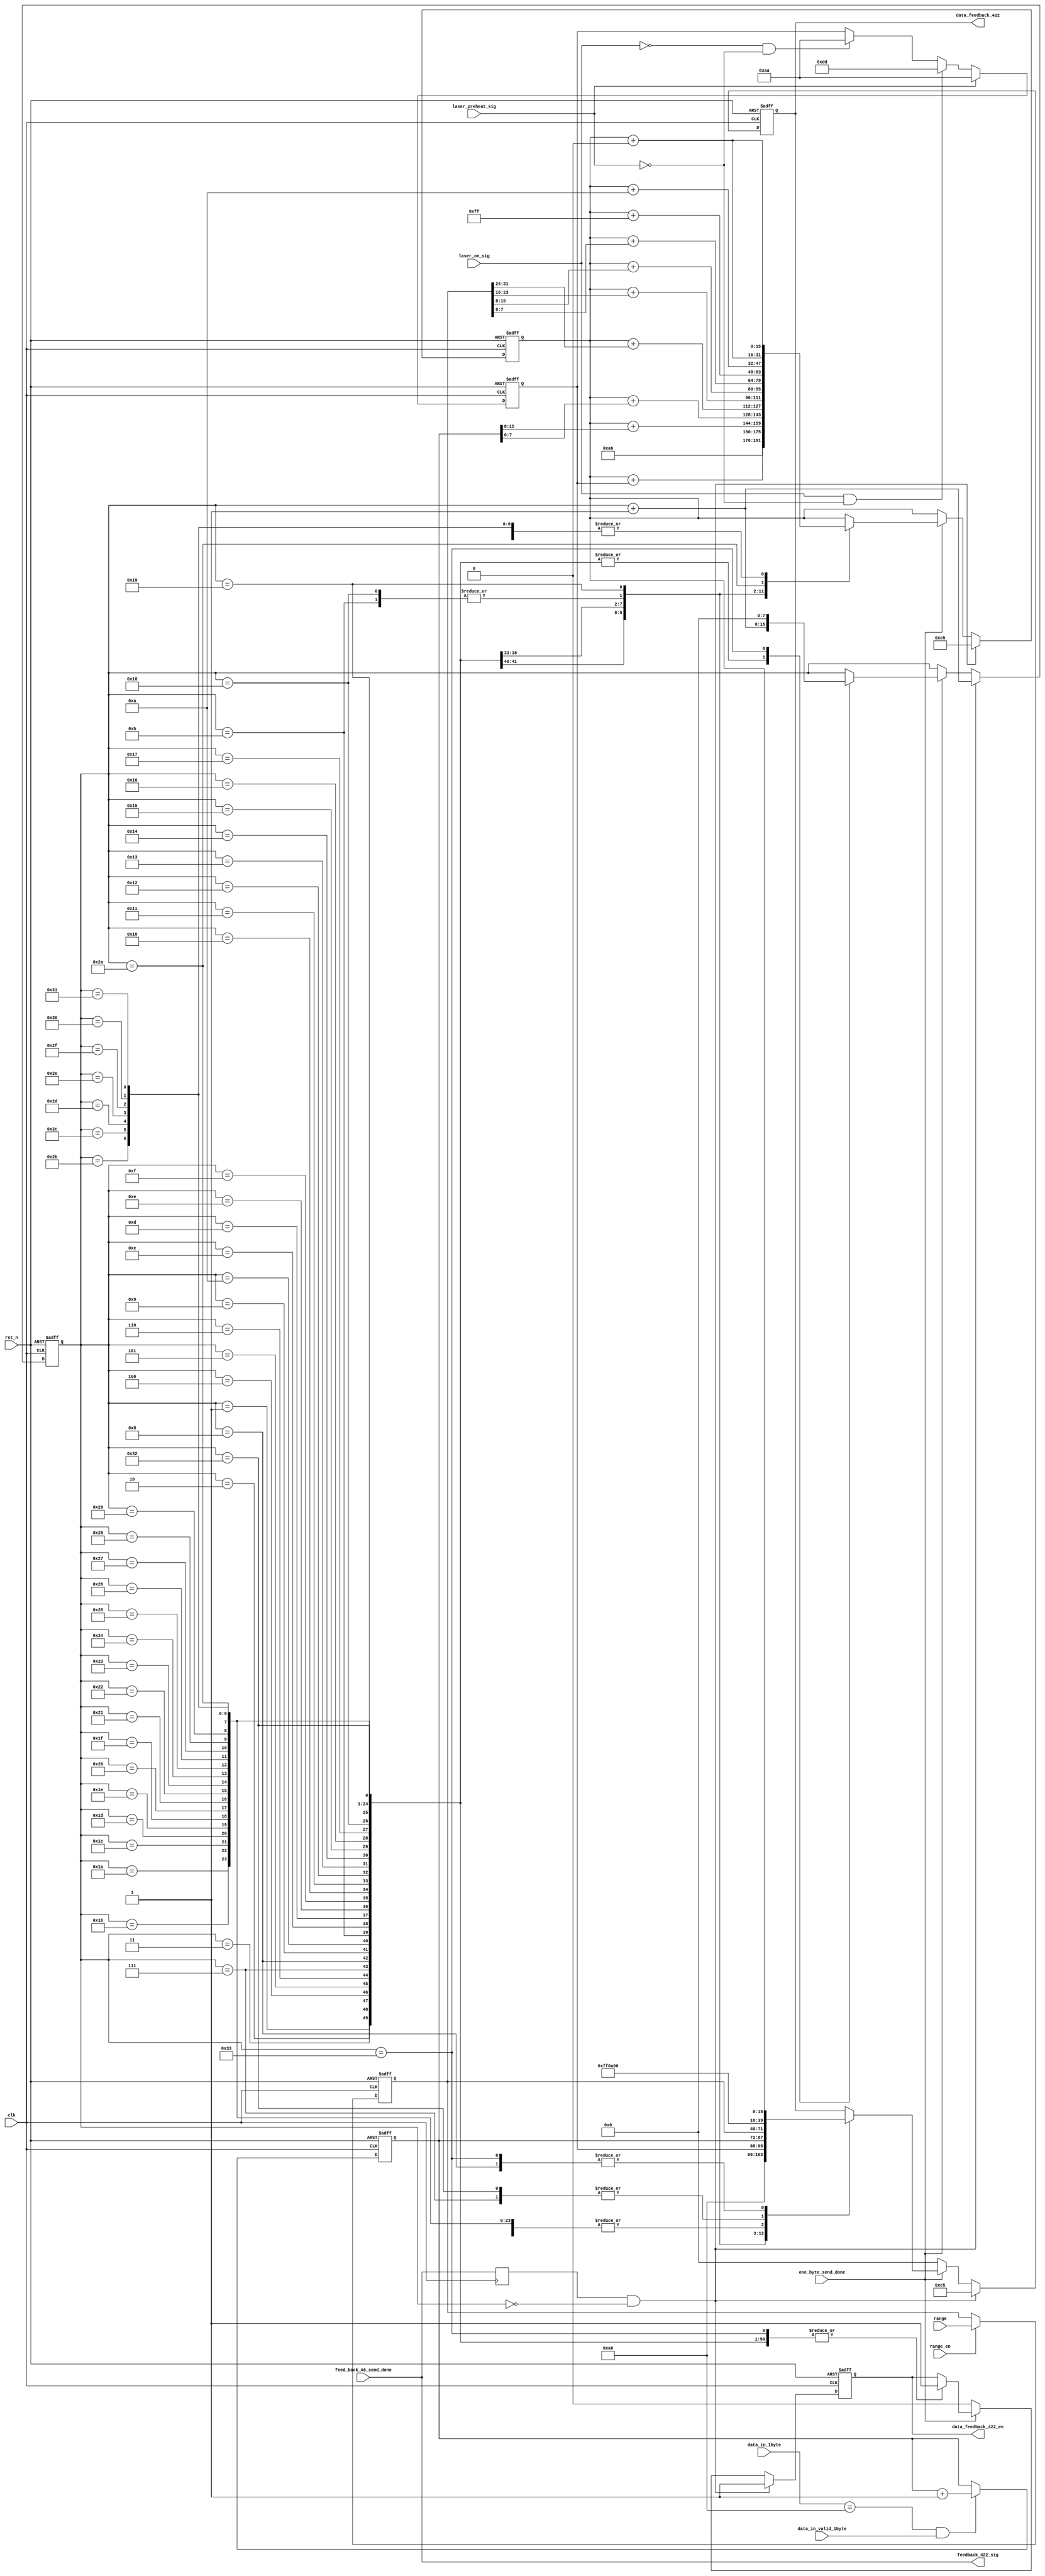
`timescale 1ns / 1ps
//////////////////////////////////////////////////////////////////////////////////
// Company: 
// Engineer: 
// 
// Design Name: 
// Module Name: feedback_frame
// Project Name: 
// Target Devices: 
// Tool Versions: 
// Description: 
// 
// Dependencies: 
// 
// Revision:
// Revision 0.01 - File Created
// Additional Comments:
// 
//////////////////////////////////////////////////////////////////////////////////


module feedback_frame(
    input        clk, 
    input        rst_n,     
    input  [7:0] data_in_1byte,   
    input        data_in_valid_1byte,
    input        one_byte_send_done,//422feedback 
    input        laser_on_sig,    
    input        laser_preheat_sig,//laser_on_negedge
    input        feed_back_A6_send_done,
    input   [31:0] range,
    input     range_en,
    output reg  [7:0] data_feedback_422,  
    output  reg     data_feedback_422_en    ,
    output    feedback_422_sig
    );
   reg [31:0] range_r=0;
   reg [31:0] speed=0;
   reg [15:0] distance_time_flag=0;
   reg [7:0]  door_width=8'd10;
   reg [7:0]  detect_possibility=0; 
   reg [7:0] laser_work_state=0; 
   reg [15:0] frame_num=0; 
   reg [31:0] range_fore=0;
   reg [31:0] speed_fore=0;
   reg  [15:0] detector_temp=0; 
   reg  [31:0] noise=0;
   reg  [15:0] add_check_sum=0;     
   reg ADTransStartFlag=0;     
   wire   ADCFinishFlag;
   wire [3:0] DataAddr  ;
   wire [11:0] AD1Result ;
   wire  ADResultGetFlag;
   reg  [11:0]  LD_temperature=0;
   reg  [11:0]  LD_current=0;
   reg  [11:0]  MEMS_X=0;
   reg  [11:0]  MEMS_Y=0;
   reg  [11:0]  LD_15V=0; 
   reg  [11:0]  RM_5V=0; 
 
   reg  [11:0]  LD_12V=0; 
   reg  [11:0]  Vol_12V=0; 
   
   reg  [15:0] Pb=0;
   reg  [15:0] Pe=0;    
   reg  [15:0] stabilize_time=0;
    reg   feed_back_A6_send_done_r=0;
   reg  hough_finish_r=0;
   reg  detector_data_get_r=0;
   reg  tdc_finish_r=1;
   reg  [7:0]  byte_send_cnt=0;
   reg  [31:0]  time_flag_cnt=0;
   reg   temp_noise_get_r=0;

  
    
   reg    distance_get_sig=0;
   reg   time_flag_cnt_add_en=0;
   reg   feedback_422_sig_r=0;
  
   reg [7:0] voltage_five=0;
   reg [7:0] voltage_tec=0;   
   reg [7:0] voltage_yaoce=0;
   reg [7:0] voltage_LD=0;
   reg [7:0] temp_LD=0;
   reg [7:0] current_LD=0;
   reg [7:0] mems_x1=0;
   reg [7:0] mems_x2y1=0;
   reg [7:0] mems_y2=0;
   reg [7:0] detector_temp_H=0;
   reg [7:0] detector_temp_L=0;
  
   
   
   always@(posedge clk or negedge rst_n)
   if(!rst_n)
    feed_back_A6_send_done_r<=1'b0;
      else if(feedback_422_sig)               
     feed_back_A6_send_done_r<=1'b0;
    
   else   if(feed_back_A6_send_done)
    feed_back_A6_send_done_r<=1'b1;
 
   else     feed_back_A6_send_done_r<=feed_back_A6_send_done_r;
   
   
   always@(posedge clk)    
      feedback_422_sig_r<=feedback_422_sig;
   reg range_en_r=0;
always@(posedge clk or negedge rst_n)
            if(!rst_n)
range_en_r<=0;
   else if(feedback_422_sig )
   range_en_r<=0;
else if(range_en )
   range_en_r<=1; 
    else   range_en_r<=range_en_r; 
    
   always@(posedge clk or negedge rst_n)
      if(!rst_n)
           frame_num<=16'b0;
       else if((data_in_1byte==8'ha6)&&data_in_valid_1byte)
           frame_num<=frame_num+1'b1;
       else     frame_num<=frame_num;
    
   always@(posedge clk or negedge rst_n)
      if(!rst_n)
           laser_work_state<=8'b0;
       else  if(laser_preheat_sig)    
           laser_work_state<=8'hAA;            
       else if((laser_on_sig)&&(!laser_preheat_sig))
           laser_work_state<=8'hDD;
       else if((!laser_on_sig)&&(!laser_preheat_sig))
           laser_work_state<=8'hAA;
       else     laser_work_state<=laser_work_state;
   
     always@(posedge clk or negedge rst_n)
        if(!rst_n)
    range_r<=0;
        else if(range_en)
        range_r<=range;
        else  range_r<=range_r; 
     always@(posedge clk or negedge rst_n)
           if(!rst_n)
           begin  data_feedback_422<=8'b0;  
                      data_feedback_422_en <=1'b0;
                      byte_send_cnt<=8'b0;
                      add_check_sum<=16'b0;    end
                    
                      
           else if(feedback_422_sig_r&&(byte_send_cnt==8'b0))
          begin  data_feedback_422<=8'hC5;  
                 data_feedback_422_en <=1'b1;
                 byte_send_cnt<=byte_send_cnt+1'b1;
                 add_check_sum<=8'hC5; 
                 end
                 
            else if(one_byte_send_done)
            begin  case(byte_send_cnt)        
                 8'd1:    begin  data_feedback_422<=Pb[15:8];  
                                 data_feedback_422_en <=1'b1;
                                 byte_send_cnt<=byte_send_cnt+1'b1;
                                 add_check_sum<=add_check_sum+Pb[15:8]; 
                           end 
                  8'd2:    begin  data_feedback_422<=Pb[7:0];  
                                 data_feedback_422_en <=1'b1;
                                 byte_send_cnt<=byte_send_cnt+1'b1;
                                 add_check_sum<=add_check_sum+Pb[7:0]; 
                           end  
                  8'd3:    begin  data_feedback_422<=Pe[15:8];  
                                 data_feedback_422_en <=1'b1;
                                 byte_send_cnt<=byte_send_cnt+1'b1;
                                 add_check_sum<=add_check_sum+Pe[15:8]; 
                           end  
                 8'd4:    begin  data_feedback_422<=Pe[7:0];  
                                 data_feedback_422_en <=1'b1;
                                 byte_send_cnt<=byte_send_cnt+1'b1;
                                 add_check_sum<=add_check_sum+Pe[7:0];  end
                 8'd5:    begin  data_feedback_422<=stabilize_time[15:8];  
                             data_feedback_422_en <=1'b1;
                             byte_send_cnt<=byte_send_cnt+1'b1;
                             add_check_sum<=add_check_sum+stabilize_time[15:8];   
                       end  
                 8'd6:    begin  data_feedback_422<=stabilize_time[7:0];  
                                       data_feedback_422_en <=1'b1;
                                       byte_send_cnt<=byte_send_cnt+1'b1;
                                       add_check_sum<=add_check_sum+stabilize_time[7:0];                                                 
                                 end  
                  8'd7:  begin  data_feedback_422<=add_check_sum[15:8];  
                               data_feedback_422_en <=1'b1;
                               byte_send_cnt<=byte_send_cnt+1'b1;
                               add_check_sum<=add_check_sum; 
                         end  
                  8'd8:  begin  data_feedback_422<=add_check_sum[7:0];  
                               data_feedback_422_en <=1'b1;
                               byte_send_cnt<=byte_send_cnt+1'b1;
                               add_check_sum<=add_check_sum; 
                         end  
                    8'd9:   begin  data_feedback_422<=8'hA6;  
                               data_feedback_422_en <=1'b1;
                               byte_send_cnt<=byte_send_cnt+1'b1;
                               add_check_sum<=8'hA6; 
                                 end  
                                 
                                 
                                 
                 8'd10:   begin  data_feedback_422<=laser_work_state;  
                               data_feedback_422_en <=1'b1;
                               byte_send_cnt<=byte_send_cnt+1'b1;
                               add_check_sum<=add_check_sum+laser_work_state; 
                                 end    
                                        
                              8'd11:   begin  data_feedback_422<=8'hFF;  
                                            data_feedback_422_en <=1'b1;
                                            byte_send_cnt<=byte_send_cnt+1'b1;
                                            add_check_sum<=add_check_sum+8'hFF; 
                                              end                 
                                 
                                 
                                 
                                 
                                 
                                 
                8'd12:   begin  data_feedback_422<=frame_num[15:8];  
                               data_feedback_422_en <=1'b1;
                               byte_send_cnt<=byte_send_cnt+1'b1;
                               add_check_sum<=add_check_sum+frame_num[15:8]; 
                                 end   
                 8'd13:   begin  data_feedback_422<=frame_num[7:0];  
                               data_feedback_422_en <=1'b1;
                               byte_send_cnt<=byte_send_cnt+1'b1;
                               add_check_sum<=add_check_sum+frame_num[7:0]; 
                                 end   
                   8'd14:   begin  data_feedback_422<=range_r[31:24];  
                               data_feedback_422_en <=1'b1;
                               byte_send_cnt<=byte_send_cnt+1'b1;
                               add_check_sum<=add_check_sum+range_r[31:24]; 
                                 end   
                  8'd15:   begin  data_feedback_422<=range_r[23:16];  
                               data_feedback_422_en <=1'b1;
                               byte_send_cnt<=byte_send_cnt+1'b1;
                               add_check_sum<=add_check_sum+range_r[23:16]; 
                                 end   
                  8'd16:   begin  data_feedback_422<=range_r[15:8];  
                               data_feedback_422_en <=1'b1;
                               byte_send_cnt<=byte_send_cnt+1'b1;
                               add_check_sum<=add_check_sum+range_r[15:8]; 
                                 end   
                 8'd17:   begin  data_feedback_422<=range_r[7:0];  
                               data_feedback_422_en <=1'b1;
                               byte_send_cnt<=byte_send_cnt+1'b1;
                               add_check_sum<=add_check_sum+range_r[7:0]; 
                                 end   
                 8'd18:   begin  data_feedback_422<=speed[31:24];  
                               data_feedback_422_en <=1'b1;
                               byte_send_cnt<=byte_send_cnt+1'b1;
                               add_check_sum<=add_check_sum+speed[31:24]; 
                                 end   
                 8'd19:   begin  data_feedback_422<=speed[23:16];  
                               data_feedback_422_en <=1'b1;
                               byte_send_cnt<=byte_send_cnt+1'b1;
                               add_check_sum<=add_check_sum+speed[23:16]; 
                                 end 
                 8'd20:   begin  data_feedback_422<=speed[15:8];  
                               data_feedback_422_en <=1'b1;
                               byte_send_cnt<=byte_send_cnt+1'b1;
                               add_check_sum<=add_check_sum+speed[15:8]; 
                                 end 
                 
                 8'd21:   begin  data_feedback_422<=speed[7:0];  
                               data_feedback_422_en <=1'b1;
                               byte_send_cnt<=byte_send_cnt+1'b1;
                               add_check_sum<=add_check_sum+speed[7:0]; 
                                 end 
                 
                 8'd22:   begin  data_feedback_422<=distance_time_flag[15:8];  
                               data_feedback_422_en <=1'b1;
                               byte_send_cnt<=byte_send_cnt+1'b1;
                               add_check_sum<=add_check_sum+distance_time_flag[15:8]; 
                                 end 
                 8'd23:   begin  data_feedback_422<=distance_time_flag[7:0];  
                               data_feedback_422_en <=1'b1;
                               byte_send_cnt<=byte_send_cnt+1'b1;
                               add_check_sum<=add_check_sum+distance_time_flag[7:0]; 
                                 end  
                  8'd24:   begin  data_feedback_422<=8'hff;  
                               data_feedback_422_en <=1'b1;
                               byte_send_cnt<=byte_send_cnt+1'b1;
                               add_check_sum<=add_check_sum+8'hff; 
                                 end 
                  8'd25:   begin  data_feedback_422<=door_width;  
                               data_feedback_422_en <=1'b1;
                               byte_send_cnt<=byte_send_cnt+1'b1;
                               add_check_sum<=add_check_sum+door_width; 
                                 end 
                 8'd26:   begin  data_feedback_422<=detect_possibility;  
                               data_feedback_422_en <=1'b1;
                               byte_send_cnt<=byte_send_cnt+1'b1;
                               add_check_sum<=add_check_sum+detect_possibility; 
                                 end 
                 8'd27:   begin  data_feedback_422<=range_fore[31:24];  
                               data_feedback_422_en <=1'b1;
                               byte_send_cnt<=byte_send_cnt+1'b1;
                               add_check_sum<=add_check_sum+range_fore[31:24]; 
                                 end 
                 8'd28:   begin  data_feedback_422<=range_fore[23:16];  
                               data_feedback_422_en <=1'b1;
                               byte_send_cnt<=byte_send_cnt+1'b1;
                               add_check_sum<=add_check_sum+range_fore[23:16]; 
                                 end 
                  8'd29:   begin  data_feedback_422<=range_fore[15:8];  
                               data_feedback_422_en <=1'b1;
                               byte_send_cnt<=byte_send_cnt+1'b1;
                               add_check_sum<=add_check_sum+range_fore[15:8]; 
                                 end  
                   8'd30:   begin  data_feedback_422<=range_fore[7:0];  
                               data_feedback_422_en <=1'b1;
                               byte_send_cnt<=byte_send_cnt+1'b1;
                               add_check_sum<=add_check_sum+range_fore[7:0]; 
                                 end  
                 8'd31:   begin  data_feedback_422<=speed_fore[31:24];  
                               data_feedback_422_en <=1'b1;
                               byte_send_cnt<=byte_send_cnt+1'b1;
                               add_check_sum<=add_check_sum+speed_fore[31:24]; 
                                 end  
                 8'd32:   begin  data_feedback_422<=speed_fore[23:16];  
                               data_feedback_422_en <=1'b1;
                               byte_send_cnt<=byte_send_cnt+1'b1;
                               add_check_sum<=add_check_sum+speed_fore[23:16]; 
                                 end 
                 8'd33:   begin  data_feedback_422<=speed_fore[15:8];  
                               data_feedback_422_en <=1'b1;
                               byte_send_cnt<=byte_send_cnt+1'b1;
                               add_check_sum<=add_check_sum+speed_fore[15:8]; 
                                 end  
                 8'd34:   begin  data_feedback_422<=speed_fore[7:0];  
                               data_feedback_422_en <=1'b1;
                               byte_send_cnt<=byte_send_cnt+1'b1;
                               add_check_sum<=add_check_sum+speed_fore[7:0]; 
                                 end  
                 8'd35:   begin  data_feedback_422<=voltage_five[7:0];  
                               data_feedback_422_en <=1'b1;
                               byte_send_cnt<=byte_send_cnt+1'b1;
                               add_check_sum<=add_check_sum+voltage_five[7:0]; 
                                 end  
                  8'd36:   begin  data_feedback_422<=voltage_tec[7:0];  
                               data_feedback_422_en <=1'b1;
                               byte_send_cnt<=byte_send_cnt+1'b1;
                               add_check_sum<=add_check_sum+voltage_tec[7:0]; 
                                 end  
                  8'd37:   begin  data_feedback_422<=voltage_yaoce[7:0];  
                               data_feedback_422_en <=1'b1;
                               byte_send_cnt<=byte_send_cnt+1'b1;
                               add_check_sum<=add_check_sum+voltage_yaoce[7:0]; 
                                 end   
                   8'd38:   begin  data_feedback_422<=voltage_LD[7:0];  
                               data_feedback_422_en <=1'b1;
                               byte_send_cnt<=byte_send_cnt+1'b1;
                               add_check_sum<=add_check_sum+voltage_LD[7:0]; 
                                 end   
                  8'd39:   begin  data_feedback_422<=temp_LD[7:0];  
                               data_feedback_422_en <=1'b1;
                               byte_send_cnt<=byte_send_cnt+1'b1;
                               add_check_sum<=add_check_sum+temp_LD[7:0]; 
                                 end   
                    8'd40:   begin  data_feedback_422<=current_LD[7:0];  
                               data_feedback_422_en <=1'b1;
                               byte_send_cnt<=byte_send_cnt+1'b1;
                               add_check_sum<=add_check_sum+current_LD[7:0]; 
                                 end   
                8'd41:   begin  data_feedback_422<=MEMS_X[11:4];  
                               data_feedback_422_en <=1'b1;
                               byte_send_cnt<=byte_send_cnt+1'b1;
                               add_check_sum<=add_check_sum+MEMS_X[11:4]; 
                                 end 
                8'd42:   begin  data_feedback_422<={MEMS_X[3:0],MEMS_Y[11:8]};  
                               data_feedback_422_en <=1'b1;
                               byte_send_cnt<=byte_send_cnt+1'b1;
                               add_check_sum<=add_check_sum+{MEMS_X[3:0],MEMS_Y[11:8]}; 
                                 end   
                8'd43:   begin  data_feedback_422<=MEMS_Y[7:0];  
                               data_feedback_422_en <=1'b1;
                               byte_send_cnt<=byte_send_cnt+1'b1;
                               add_check_sum<=add_check_sum+MEMS_Y[7:0]; 
                                 end     
                8'd44:   begin  data_feedback_422<=detector_temp_H[7:0];  
                               data_feedback_422_en <=1'b1;
                               byte_send_cnt<=byte_send_cnt+1'b1;
                               add_check_sum<=add_check_sum+detector_temp_H[7:0]; 
                                 end  
                8'd45:   begin  data_feedback_422<=detector_temp_L[7:0];  
                               data_feedback_422_en <=1'b1;
                               byte_send_cnt<=byte_send_cnt+1'b1;
                               add_check_sum<=add_check_sum+detector_temp_L[7:0]; 
                                 end  
                    8'd46:   begin  data_feedback_422<=noise[31:24];  
                               data_feedback_422_en <=1'b1;
                               byte_send_cnt<=byte_send_cnt+1'b1;
                               add_check_sum<=add_check_sum+noise[31:24]; 
                                 end    
                8'd47:   begin  data_feedback_422<=noise[23:16];  
                               data_feedback_422_en <=1'b1;
                               byte_send_cnt<=byte_send_cnt+1'b1;
                               add_check_sum<=add_check_sum+noise[23:16]; 
                                 end   
                8'd48:   begin  data_feedback_422<=noise[15:8];  
                               data_feedback_422_en <=1'b1;
                               byte_send_cnt<=byte_send_cnt+1'b1;
                               add_check_sum<=add_check_sum+noise[15:8]; 
                                 end     
                 
                8'd49:   begin  data_feedback_422<=noise[7:0];  
                               data_feedback_422_en <=1'b1;
                               byte_send_cnt<=byte_send_cnt+1'b1;
                               add_check_sum<=add_check_sum+noise[7:0]; 
                                 end     
                 8'd50:   begin  data_feedback_422<=add_check_sum[15:8];  
                               data_feedback_422_en <=1'b1;
                               byte_send_cnt<=byte_send_cnt+1'b1;
                               add_check_sum<=add_check_sum; 
                                 end 
                     8'd51:   begin  data_feedback_422<=add_check_sum[7:0];  
                               data_feedback_422_en <=1'b1;
                               byte_send_cnt<=0;
                               add_check_sum<=add_check_sum; 
                                 end   
                 
                 default:;
                 endcase
                end
           else  begin
           data_feedback_422<=8'b0; 
           data_feedback_422_en <=1'b0;      
           byte_send_cnt<=byte_send_cnt;      
           add_check_sum<=add_check_sum;
           end
          //  assign  feedback_422_sig= feed_back_A6_send_done_r&&range_en_r;
            assign  feedback_422_sig= feed_back_A6_send_done;
          
          
  endmodule